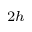
_ { 2 h }